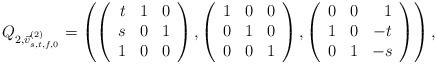
LaTeX: \begin{align*}Q_{2,\vec{v}_{s,t,f,0}^{(2)} }= \left(\left(\begin{array}{rrr}t & 1 & 0 \\s & 0 & 1 \\1 & 0 & 0\end{array}\right), \left(\begin{array}{rrr}1 & 0 & 0 \\0 & 1 & 0 \\0 & 0 & 1\end{array}\right), \left(\begin{array}{rrr}0 & 0 & 1 \\1 & 0 & -t \\0 & 1 & -s\end{array}\right)\right),\end{align*}